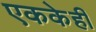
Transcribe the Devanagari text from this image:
एककेही